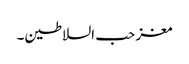
مغز حب السلاطین۔